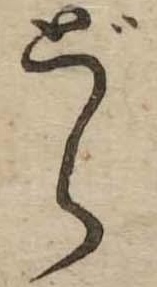
どら